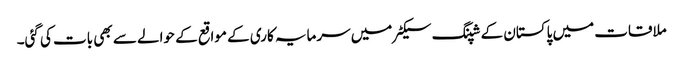
ملاقات میں پاکستان کے شپنگ سیکٹر میں سرمایہ کاری کے مواقع کے حوالے سے بھی بات کی گئی۔